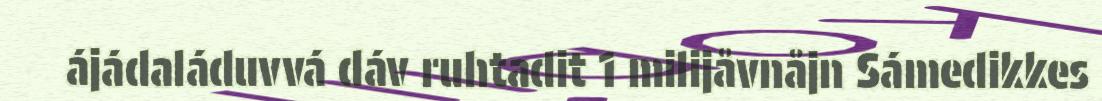
ájádaláduvvá dáv ruhtadit 1 milijåvnåjn Sámedikkes